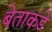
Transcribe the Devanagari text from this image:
बेताकडे